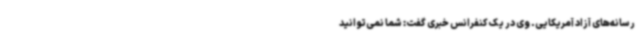
رسانه‌های آزاد آمریکایی. وی در یک کنفرانس خبری گفت: شما نمی‌توانید